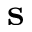
{ \bf s }